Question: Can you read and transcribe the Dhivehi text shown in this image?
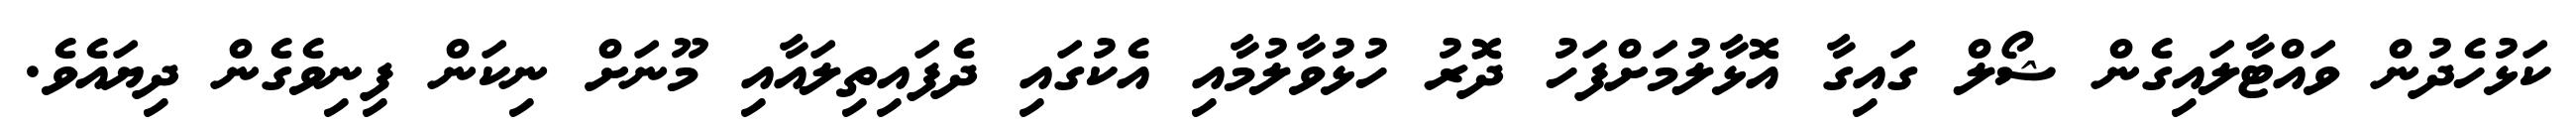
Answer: ކަޅުހެދުން ވައްޓާލައިގެން ޝޯލް ގައިގާ އޮޅާލުމަށްފަހު ދޮރު ހުޅުވާލުމާއި އެކުގައި ދެފައިތިލައާއި މޫނަށް ނިކަން ފިނިވެގެން ދިޔައެވެ.